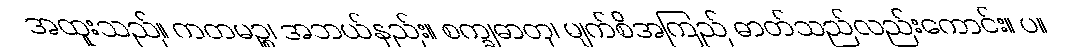
အထူးသည်။ ကတမဉ္စ၊ အဘယ်နည်း။ စက္ခုဓာတု၊ မျက်စိအကြည် ဓာတ်သည်လည်းကောင်း။ ပ။